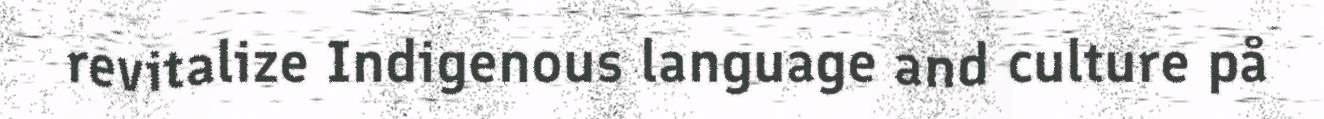
revitalize Indigenous language and culture på